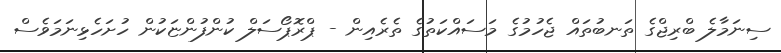
ސިނަމާލެ ބްރިޖްގެ ތަނބުތައް ޖެހުމުގެ މަސައްކަތުގެ ތެރެއިން - ޕްރޮޕޯސަލް ކުންފުންޏަކުން ހުށަހެޅިނަމަވެސް